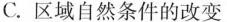
C.区域自然条件的改变